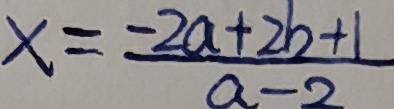
x = \frac { - 2 a + 2 b + 1 } { a - 2 }